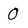
Character: 0